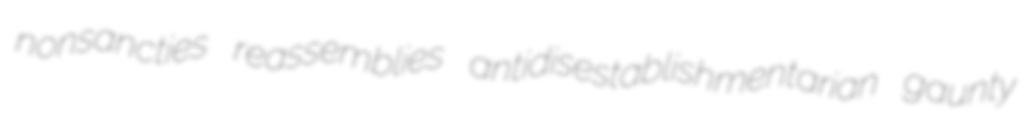
nonsancties reassemblies antidisestablishmentarian gaunty